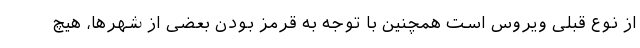
از نوع قبلی ویروس است همچنین با توجه به قرمز بودن بعضی از شهرها، هیچ